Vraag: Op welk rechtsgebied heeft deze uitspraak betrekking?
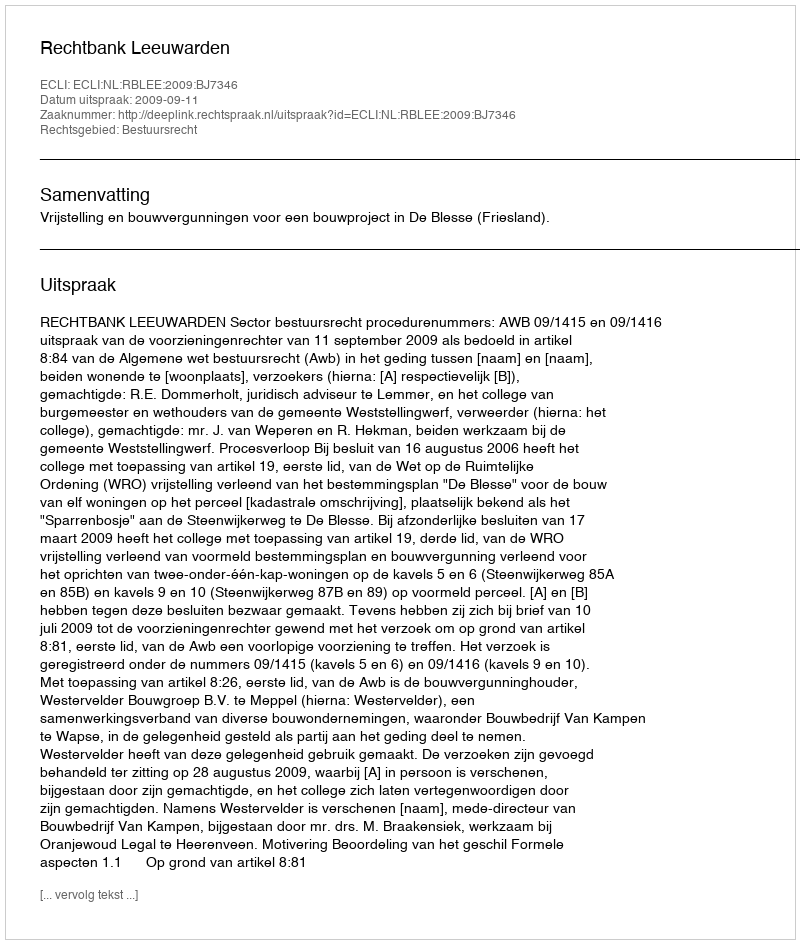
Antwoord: Bestuursrecht